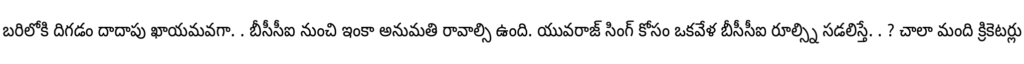
బరిలోకి దిగడం దాదాపు ఖాయమవగా. . బీసీసీఐ నుంచి ఇంకా అనుమతి రావాల్సి ఉంది. యువరాజ్ సింగ్ కోసం ఒకవేళ బీసీసీఐ రూల్స్ని సడలిస్తే. . ? చాలా మంది క్రికెటర్లు